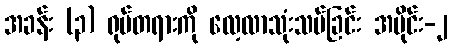
အခန်း (၃) ရုပ်တရားကို လေ့လာသုံးသပ်ခြင်း အပိုင်း-၂